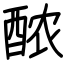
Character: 𬪩